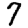
Digit: 7